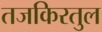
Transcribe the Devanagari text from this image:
तजकिरतुल